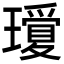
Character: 𤪞